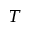
T